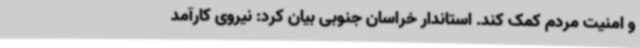
و امنیت مردم کمک کند. استاندار خراسان جنوبی بیان کرد: نیروی کارآمد